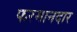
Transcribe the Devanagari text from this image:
फरमानदार